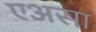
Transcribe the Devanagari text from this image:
एअसा